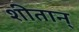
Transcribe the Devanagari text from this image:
शीतान्